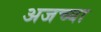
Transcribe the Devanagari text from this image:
अजच्या